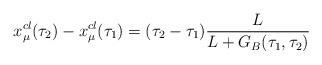
LaTeX: \begin{align*}x_\mu^{cl}(\tau_2)-x_\mu^{cl}(\tau_1)=(\tau_2-\tau_1)\frac{L}{L+G_B(\tau_1,\tau_2)}\end{align*}